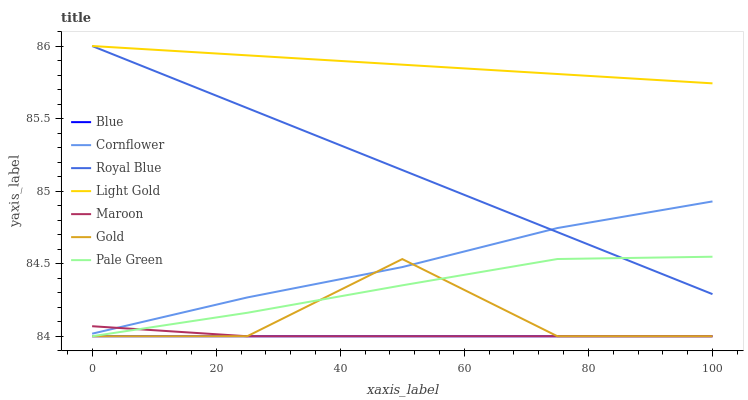
| xaxis_label | Blue | Cornflower | Royal Blue | Light Gold | Maroon | Gold | Pale Green |
 | --- | --- | --- | --- | --- | --- | --- | --- |
 | 0 | 84 | 84 | 86 | 86 | 84.1 | 84 | 84 |
 | 25 | 84 | 84.3 | 85.6 | 85.9 | 84 | 84 | 84.2 |
 | 50 | 84 | 84.5 | 85.1 | 85.9 | 84 | 84.5 | 84.4 |
 | 75 | 84 | 84.7 | 84.7 | 85.8 | 84 | 84 | 84.5 |
 | 100 | 84 | 84.9 | 84.3 | 85.7 | 84 | 84 | 84.5 |